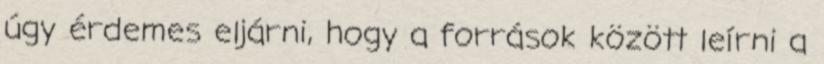
úgy érdemes eljárni, hogy a források között leírni a